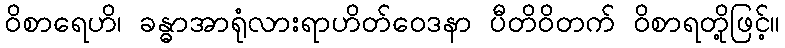
ဝိစာရေဟိ၊ ခန္ဓာအာရုံလားရာဟိတ်ဝေဒနာ ပီတိဝိတက် ဝိစာရတို့ဖြင့်။